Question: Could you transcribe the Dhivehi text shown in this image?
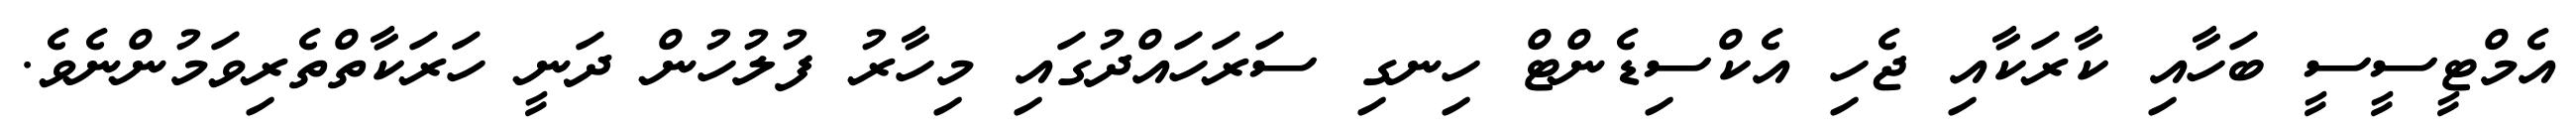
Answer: އެމްޓީސީސީ ބަހާއި ކާރަކާއި ޖެހި އެކްސިޑެންޓް ހިނގި ސަރަހައްދުގައި މިހާރު ފުލުހުން ދަނީ ހަރަކާތްތެރިވަމުންނެވެ.